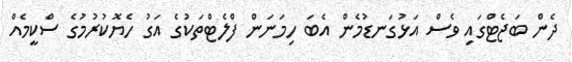
ދެން ބަޖެޓްގައި ވެސް އަޅުގަނޑުމެން އެބަ ހިމަނަން ފްލެޓްތަކުގެ އަގު ހެޔޮކުރުމުގެ ސްކީމެއް